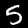
Label: 5